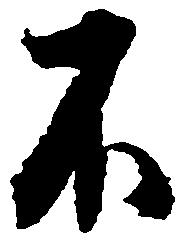
不